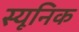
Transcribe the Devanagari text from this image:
स्यूनिक